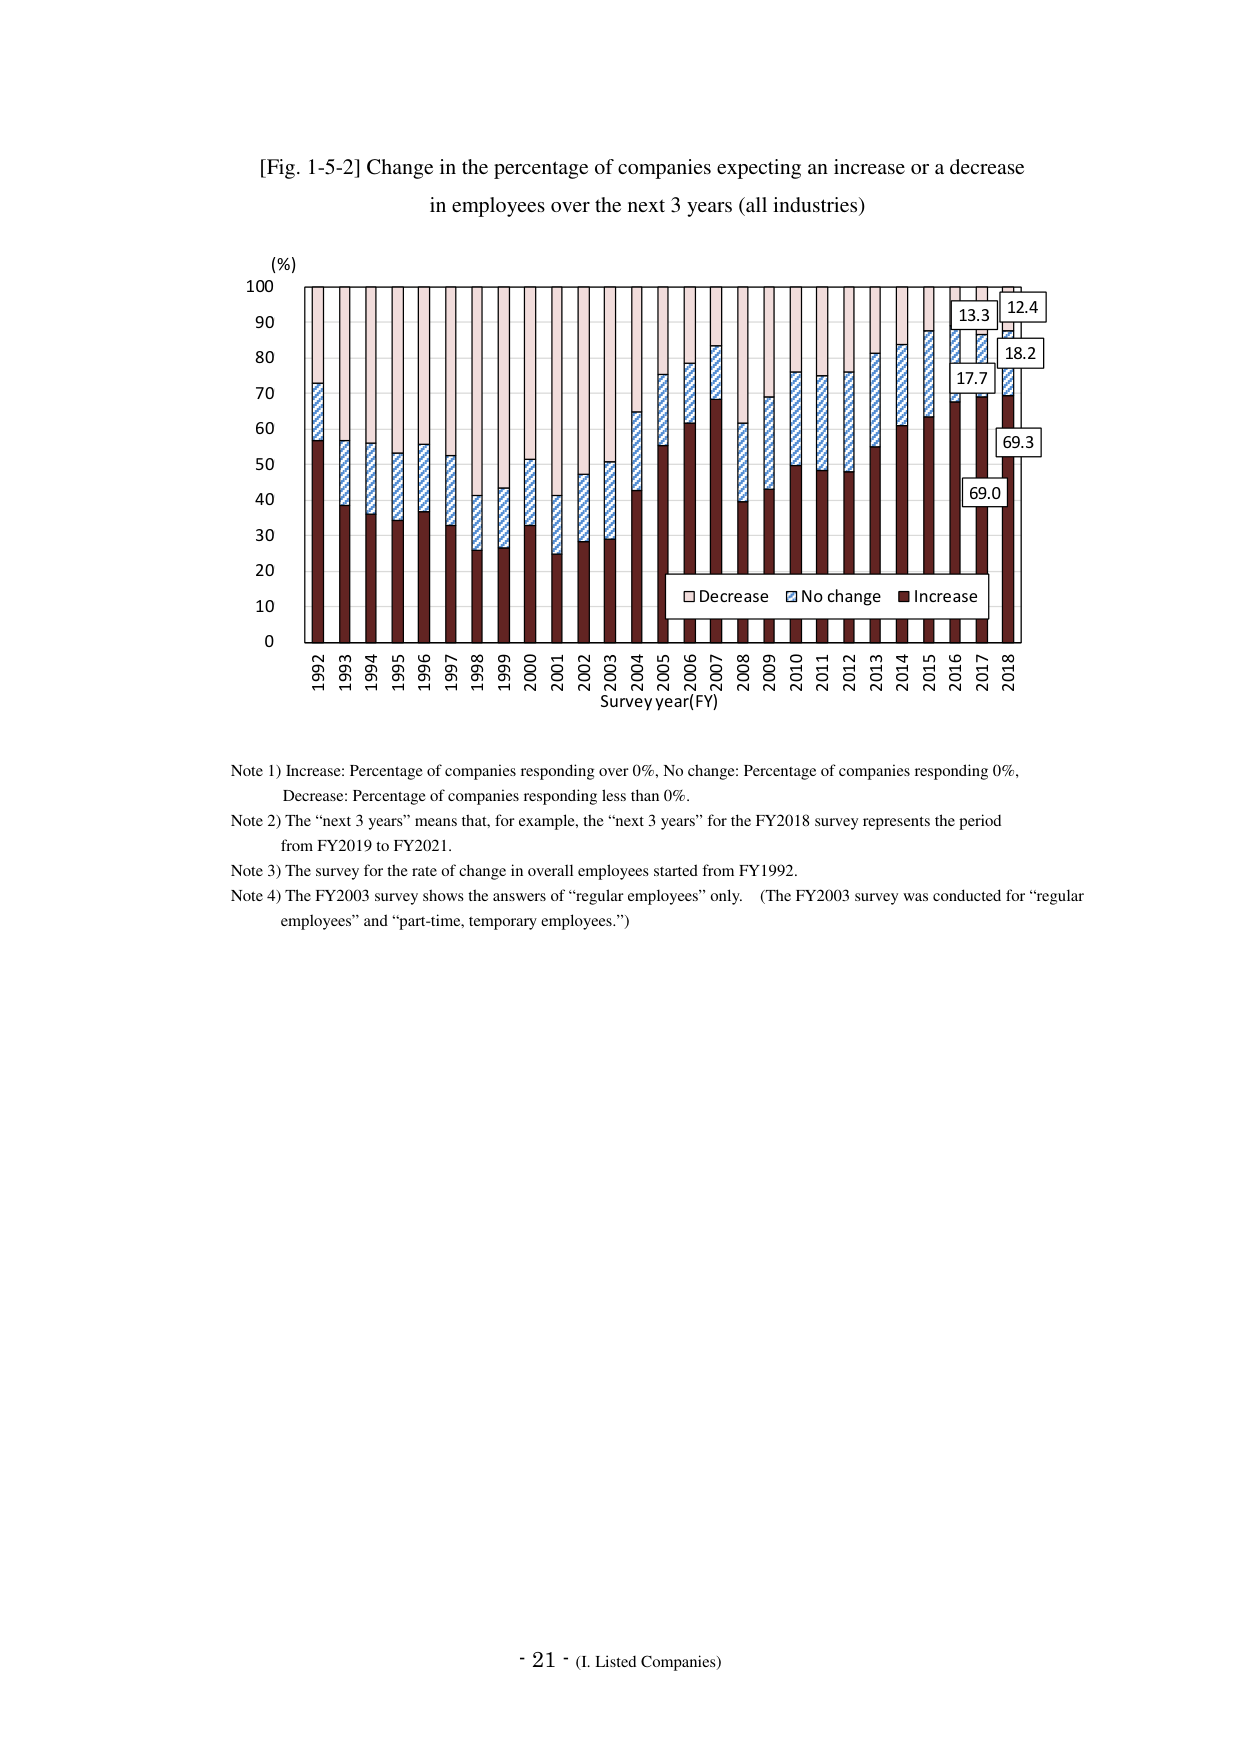
[Fig. 1-5-2] Change in the percentage of companies expecting an increase or a decrease in employees over the next 3 years (all industries)

(%)
100
90
80
70
60
50
40
30
20
10
0

1992 1993 1994 1995 1996 1997 1998 1999 2000 2001 2002 2003 2004 2005 2006 2007 2008 2009 2010 2011 2012 2013 2014 2015 2016 2017 2018
Survey year (FY)

□ Decrease  ■ No change  ■ Increase

13.3
12.4
17.7
18.2
69.0
69.3

Note 1) Increase: Percentage of companies responding over 0%, No change: Percentage of companies responding 0%, Decrease: Percentage of companies responding less than 0%.
Note 2) The “next 3 years” means that, for example, the “next 3 years” for the FY2018 survey represents the period from FY2019 to FY2021.
Note 3) The survey for the rate of change in overall employees started from FY1992.
Note 4) The FY2003 survey shows the answers of “regular employees” only. (The FY2003 survey was conducted for “regular employees” and “part-time, temporary employees.”)

- 21 - (I. Listed Companies)